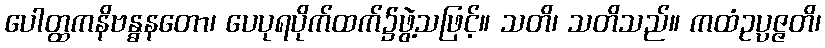
ပေါတ္ထကနိဗန္ဓနတော၊ ပေပုရပိုက်ထက်၌ဖွဲ့သဖြင့်။ သတိ၊ သတိသည်။ ကထံဥပ္ပဇ္ဇတိ၊